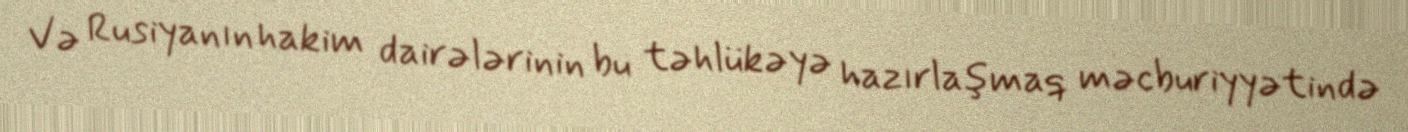
Və Rusiyanın hakim dairələrinin bu təhlükəyə hazırlaşmaq məcburiyyətində